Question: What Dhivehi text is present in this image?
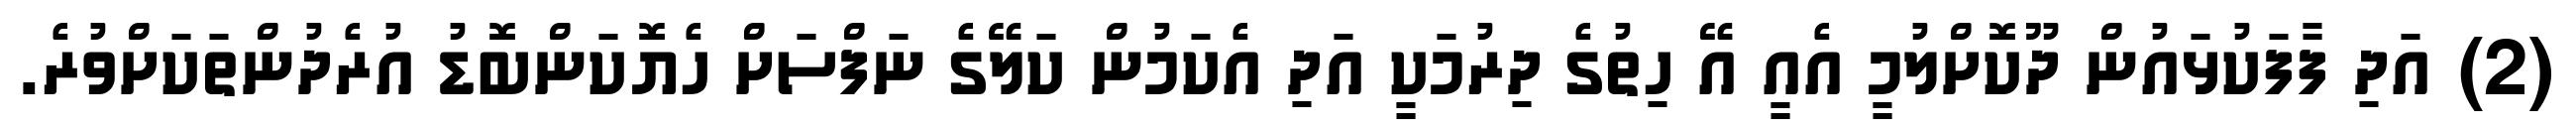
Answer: (2) އަދި ފާފަކުޅައުން ދޫކޮށްލުމީ އެއީ އޭ ހިތުގެ ދިރުމަކީ އަދި އެކަމުން ކަލޭގެ ނަފްސަށް ހެޔޮކަންބޮޑު އުރެދުންތަކަށްވުރެ.